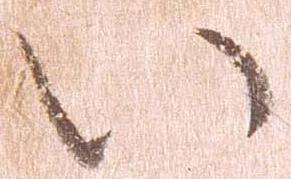
い